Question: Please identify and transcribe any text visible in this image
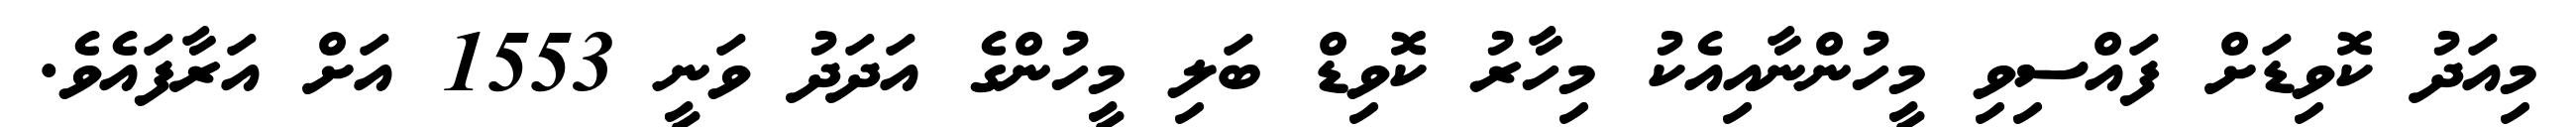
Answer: މިއަދު ކޮވިޑަށް ފައްސިވި މީހުންނާއިއެކު މިހާރު ކޮވިޑް ބަލި މީހުންގެ އަދަދު ވަނީ 1553 އަށް އަރާފައެވެ.